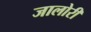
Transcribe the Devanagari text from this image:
जालोरी